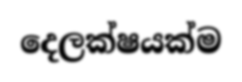
දෙලක්ෂයක්ම